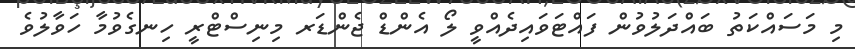
މި މަސައްކަތު ބައްދަލުވުން ފައްޓަވައިދެއްވީ ލޯ އެންޑް ޖެންޑަރ މިނިސްޓްރީ ހިނގެވުމާ ހަވާލުވެ